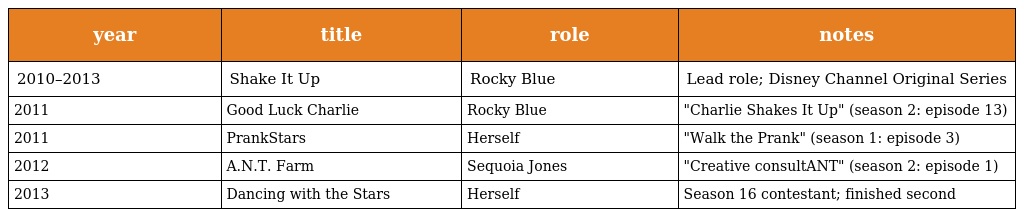
| year | title | role | notes |
 | --- | --- | --- | --- |
 | 2010–2013 | Shake It Up | Rocky Blue | Lead role; Disney Channel Original Series |
 | 2011 | Good Luck Charlie | Rocky Blue | "Charlie Shakes It Up" (season 2: episode 13) |
 | 2011 | PrankStars | Herself | "Walk the Prank" (season 1: episode 3) |
 | 2012 | A.N.T. Farm | Sequoia Jones | "Creative consultANT" (season 2: episode 1) |
 | 2013 | Dancing with the Stars | Herself | Season 16 contestant; finished second |